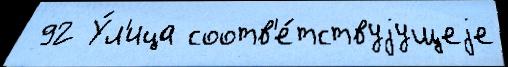
 92 У́л'ица соотв'е́тствуjущеjе